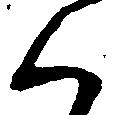
く